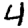
Digit: 4